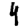
Digit: 4